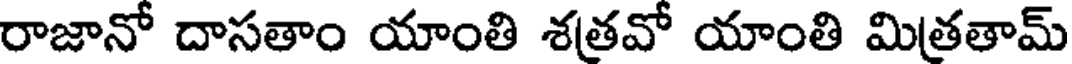
రాజానో దాసతాం యాంతి శత్రవో యాంతి మిత్రతామ్